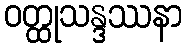
ဝတ္ထုသန္ဒဿနာ